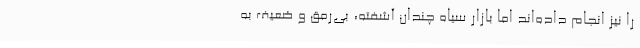
را نیز انجام داده‌اند اما بازار سیاه چندان آشفته، بی‌رمق و ضعیف به